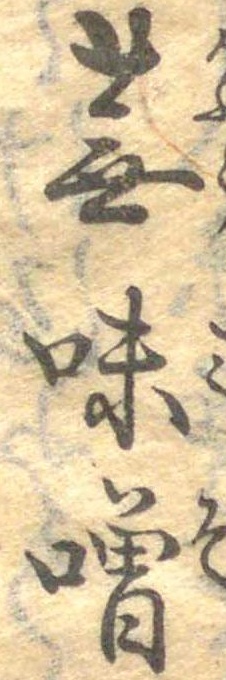
蕪味噌